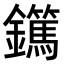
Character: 𨯹